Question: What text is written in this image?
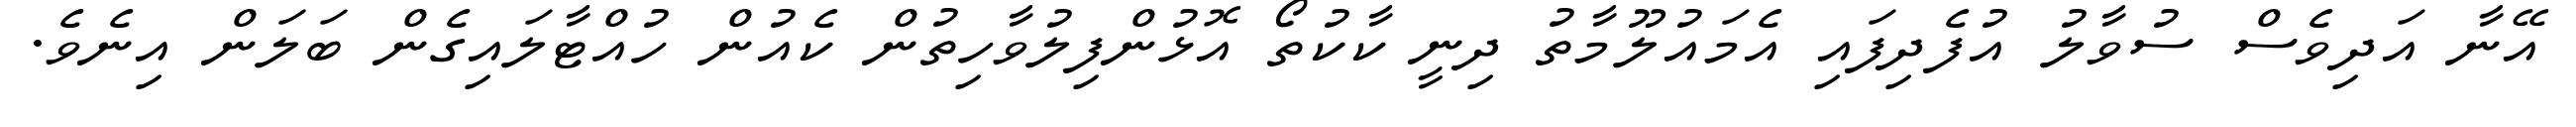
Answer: އޭނާ އަދިވެސް ސުވާލު އުފެދިފައި އެމައުލޫމާތު ދިނީ ކާކުތޯ އޮޅުންފިލުވާހިތުން ކެއުން ހުއްޓާލައިގެން ބަލަން އިނެވެ.